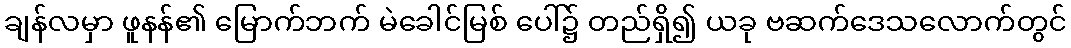
ချန်လမှာ ဖူနန်၏ မြောက်ဘက် မဲခေါင်မြစ် ပေါ်၌ တည်ရှိ၍ ယခု ဗဆက်ဒေသလောက်တွင်